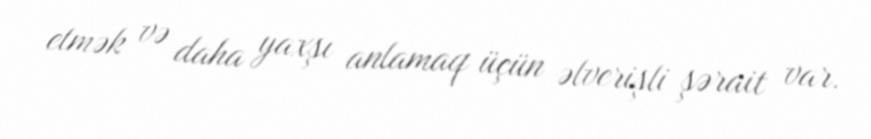
etmək və daha yaxşı anlamaq üçün əlverişli şərait var.